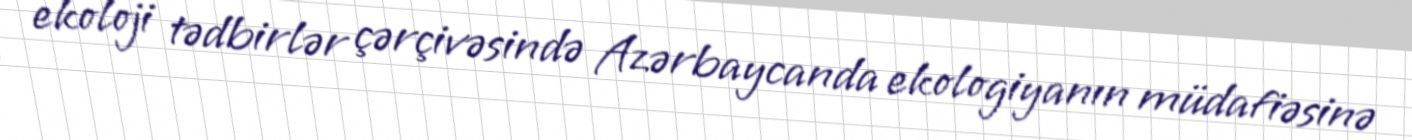
ekoloji tədbirlər çərçivəsində Azərbaycanda ekologiyanın müdafiəsinə